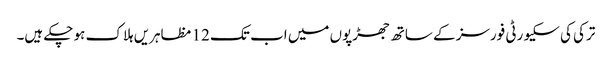
ترکی کی سکیورٹی فورسز کے ساتھ جھڑپوں میں اب تک 12 مظاہریں ہلاک ہو چکے ہیں۔